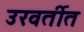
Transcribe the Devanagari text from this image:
उरवर्तीत